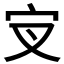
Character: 𰌵